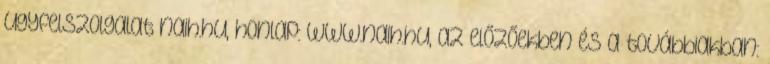
ugyfelszolgalat naih.hu, honlap: www.naih.hu, az előzőekben és a továbbiakban: